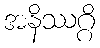
အနိဿဂ္ဂိ